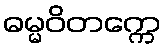
ဓမ္မဝိတက္ကေ